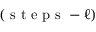
( \mathrm { ~ s ~ t ~ e ~ p ~ s ~ } - \ell )